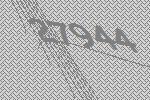
27944